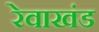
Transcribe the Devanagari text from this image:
रेवाखंड